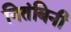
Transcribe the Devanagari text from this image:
नितंबिनी